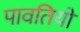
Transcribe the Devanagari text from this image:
पावतियों